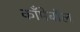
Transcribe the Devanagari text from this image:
काँमेबॉल